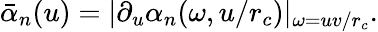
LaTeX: \bar{\alpha}_{n}(u)=|\partial_{u}\alpha_{n}(\omega,u/r_{c})|_{\omega=uv/r_{c}}.